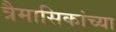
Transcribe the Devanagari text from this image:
त्रैमासिकांच्या